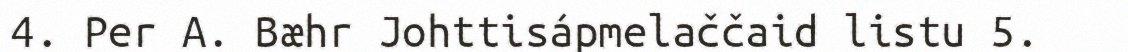
4. Per A. Bæhr Johttisápmelaččaid listu 5.